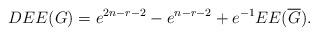
LaTeX: \begin{align*}DEE(G)=e^{2n-r-2}-e^{n-r-2}+e^{-1}EE(\overline{G}).\end{align*}